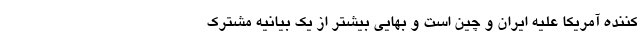
کننده آمریکا علیه ایران و چین است و بهایی بیشتر از یک بیانیه مشترک